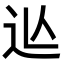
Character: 𨑟